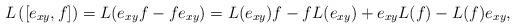
LaTeX: \begin{align*}L\left([e_{xy},f]\right)=L(e_{xy}f-fe_{xy})=L(e_{xy})f-fL(e_{xy})+e_{xy}L(f)-L(f)e_{xy},\end{align*}